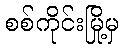
စစ်ကိုင်းမြို့မှ